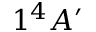
1 ^ { 4 } A ^ { \prime }